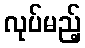
လုပ်မည့်